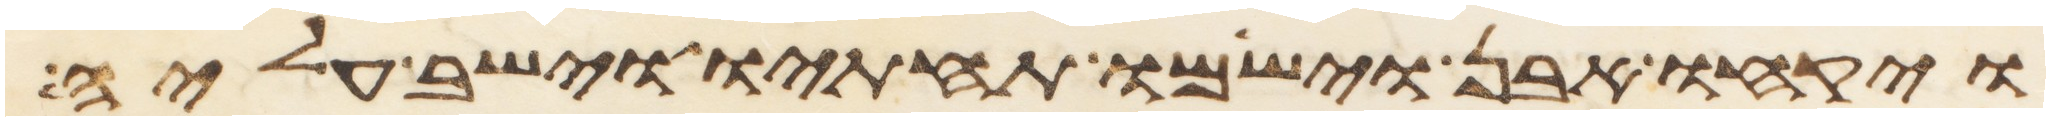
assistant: ויקחו אבן וישמו תחתיו וישב עליה